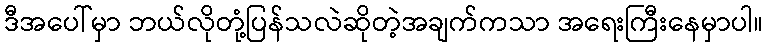
ဒီအပေါ်မှာ ဘယ်လိုတုံ့ပြန်သလဲဆိုတဲ့အချက်ကသာ အရေးကြီးနေမှာပါ။